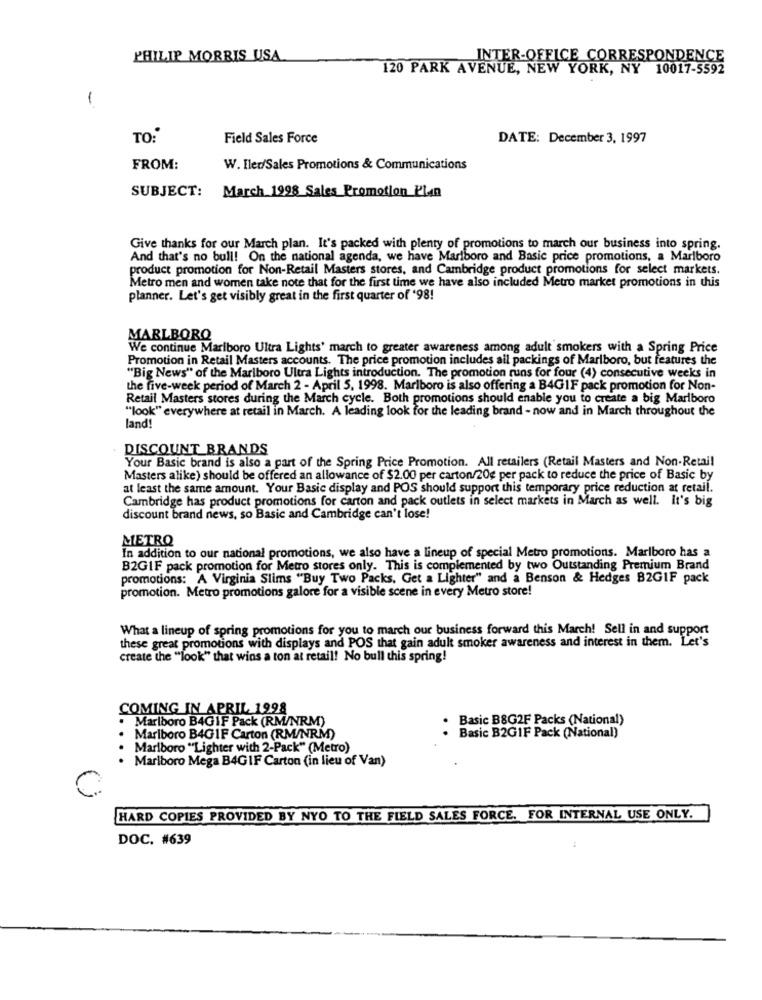
PHILIP MORRIS USA
INTER-OFFICE CORRESPONDENCE
120 PARK AVENUE, NEW YORK, NY 10017-5592
1
TO:"
Field Sales Force
DATE: December 3, 1997
FROM:
W. Iled/Sales Promotions & Communications
SUBJECT:
March 1998 Sales Promotion P'len
Give thanks for our March plan. It's packed with plenty of promotions to march our business into spring.
And that's no bull! On the national agenda, we have Marlboro and Basic price promotions, a Marlboro
product promotion for Non-Retail Masters stores, and Cambridge product promotions for select markets.
Metro men and women take note that for the first time we have also included Metro market promotions in this
planner. Let's get visibly great in the first quarter of '98!
MARLBORO
We continue Marlboro Ultra Lights' march to greater awareness among adult smokers with a Spring Price
Promotion in Retail Masters accounts. The price promotion includes all packings of Marlboro, but features the
"Big News" of the Marlboro Ultra Lights introduction. The promotion runs for four (4) consecutive weeks in
the five-week period of March 2 - April 5, 1998. Marlboro is also offering a B4GIF pack promotion for Non-
Retail Masters stores during the March cycle. Both promotions should enable you to create a big Marlboro
""look" everywhere at retail in March. A leading look for the leading brand - now and in March throughout the
land!
DISCOUNT BRANDS
Your Basic brand is also a part of the Spring Price Promotion. All retailers (Retail Masters and Non-Retail
Masters alike) should be offered an allowance of $2.00 per carton/20g per pack to reduce the price of Basic by
at least the same amount. Your Basic display and POS should support this temporary price reduction at retail.
Cambridge has product promotions for carton and pack outlets in select markets in March as well. It's big
discount brand news, so Basic and Cambridge can't lose!
METRO
In addition to our national promotions, we also have a lineup of special Metro promotions. Marlboro has a
B2GIF pack promotion for Metro stores only. This is complemented by two Outstanding Premium Brand
promotions: A Virginia Slims "Buy Two Packs, Get a Lighter" and a Benson & Hedges B2GIF pack
promotion. Metro promotions galore for a visible scene in every Metro store!
What a lineup of spring promotions for you to march our business forward this March! Sell in and support
these great promotions with displays and POS that gain adult smoker awareness and interest in them. Let's
create the "look" that wins a ton at retail! No bull this spring!
COMING IN APRIL 1998
. Marlboro B4GIF Pack (RM/NRM)
Basic B8G2F Packs (National)
Marlboro B4GIF Carton (RM/NRM)
Basic B2GIF Pack (National)
Marlboro "Lighter with 2-Pack" (Metro)
. Marlboro Mega B4GIF Carton (in lieu of Van)
HARD COPIES PROVIDED BY NYO TO THE FIELD SALES FORCE. FOR INTERNAL USE ONLY.
DOC. #639